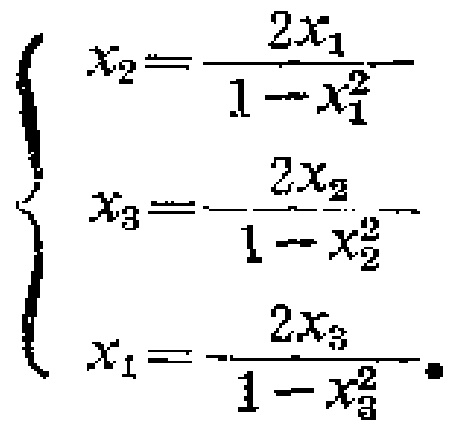
\[

\begin{cases}

x_{2}=\dfrac{2x_{1}}{1 - x_{1}^{2}}\\

x_{3}=\dfrac{2x_{2}}{1 - x_{2}^{2}}\\

x_{1}=\dfrac{2x_{3}}{1 - x_{3}^{2}}

\end{cases}

\]